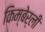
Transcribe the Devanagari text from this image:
किम्बेर्ली